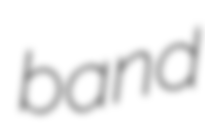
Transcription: band